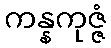
ကန္နကုဇ္ဇံ